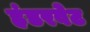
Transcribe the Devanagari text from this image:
हंडरवेट